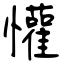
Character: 懽